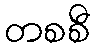
တစစီ